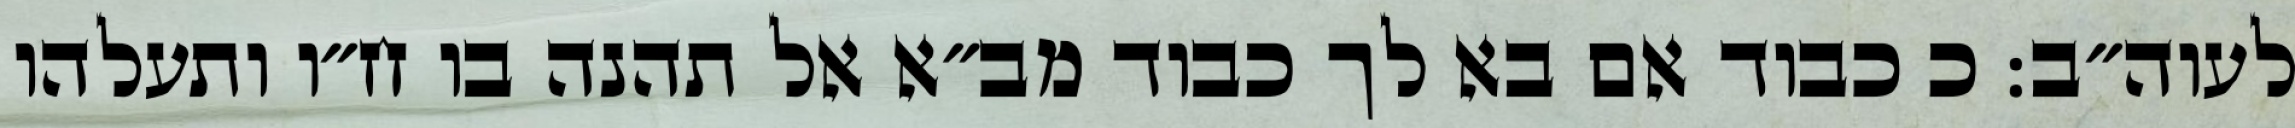
לעוה״ב: כ כבוד אם בא לך כבוד מב״א אל תהנה בו ח״ו ותעלהו